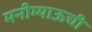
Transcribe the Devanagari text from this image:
मनीम्याऊची